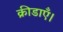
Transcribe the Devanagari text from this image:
क्रीडाएँ।